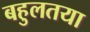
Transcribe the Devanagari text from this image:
बहुलतया